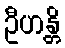
ဦဟန္တိ